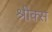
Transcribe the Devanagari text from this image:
श्रीक्स